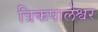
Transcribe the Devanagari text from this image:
त्रिकपालेश्वर